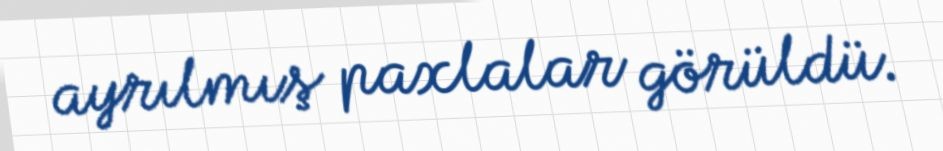
ayrılmış paxlalar görüldü.